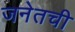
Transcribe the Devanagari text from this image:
जनेतची